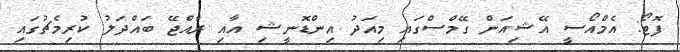
ފޮޓޯ: އެމްއޯސީ އޭޝިއަން ގޭމްސްގައި މިއަދު އިންޑޮނީޝި އާއި ރާއްޖޭ ބައްދަލު ކުރިމެޗުގައި